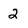
Character: 2